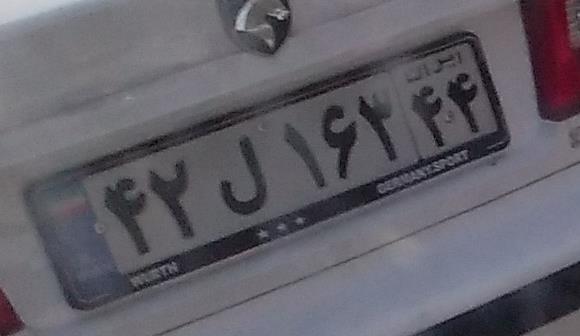
۴۲ل۱۶۳۴۴